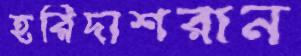
হরিদাশরান